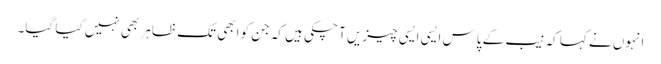
انہوں نے کہا کہ نیب کے پاس ایسی ایسی چیزیں آ چکی ہیں کہ جن کو ابھی تک ظاہر بھی نہیں کیا گیا۔